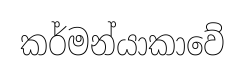
කර්මන්යාකාවේ